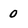
Character: 0